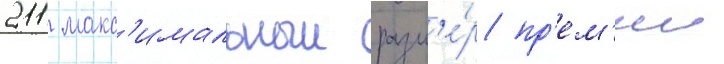
211 макс'имальныи разм'е́р пр'ем'ии